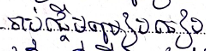
ចាប់ផ្តើមប្រៀបធៀប